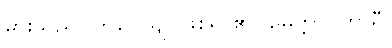
မှားသည်။ ဘဝေယျ၊ ဖြစ်ရာ၏။ မေတ္တာဝိဟာရီ၊